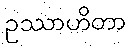
ဥဿာဟိတာ